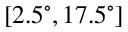
[ 2 . 5 ^ { \circ } , 1 7 . 5 ^ { \circ } ]